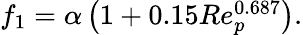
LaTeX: \begin{array}{r}{f_{1}=\alpha\left(1+0.15Re_{p}^{0.687}\right).}\end{array}